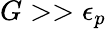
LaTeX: G>>\epsilon_{p}